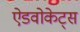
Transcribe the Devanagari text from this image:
ऐडवोकेट्स